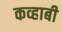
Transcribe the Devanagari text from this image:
कव्हाबी